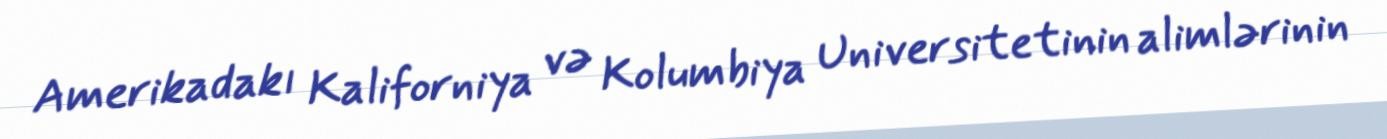
Amerikadakı Kaliforniya və Kolumbiya Universitetinin alimlərinin